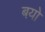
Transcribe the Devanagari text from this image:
बयो